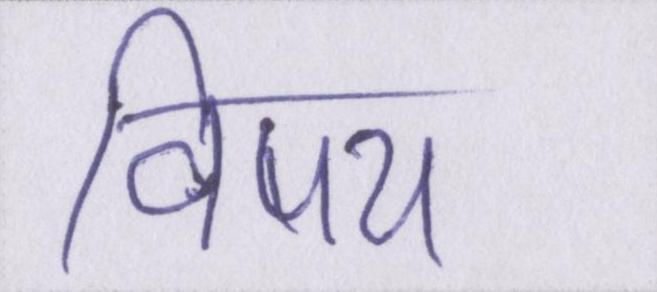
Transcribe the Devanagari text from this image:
विषय